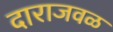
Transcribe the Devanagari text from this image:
दाराजवळ